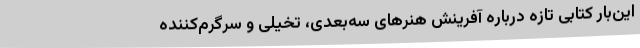
این‌بار کتابی تازه درباره آفرینش هنرهای سه‌بعدی، تخیلی و سرگرم‌کننده